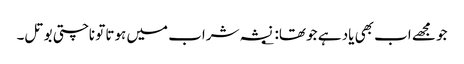
جو مجھے اب بھی یاد ہے جو تھا: ؂ نشہ شراب میں ہوتا تو ناچتی بوتل۔